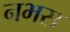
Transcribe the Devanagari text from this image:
नभस